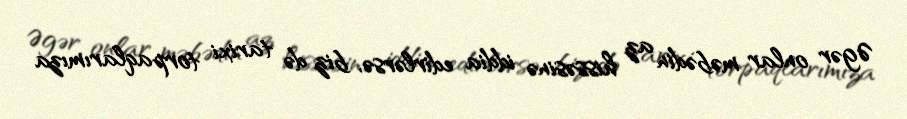
Əgər onlar məbədin az hissəsinə iddia edirlərsə, biz də tarixi torpaqlarımıza